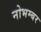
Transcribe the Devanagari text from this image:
नोभम्बर